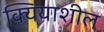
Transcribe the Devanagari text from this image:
क्यियाशील